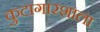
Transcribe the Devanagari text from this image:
कुटागारशाला